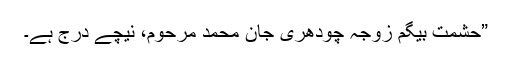
”حشمت بیگم زوجہ چودھری جان محمد مرحوم، نیچے درج ہے۔